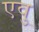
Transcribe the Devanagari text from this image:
एवु